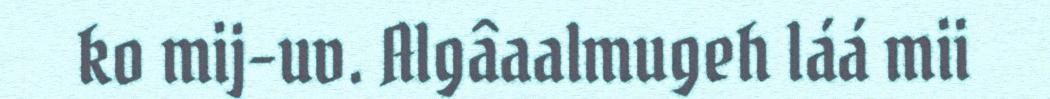
ko mij-uv. Algâaalmugeh láá mii